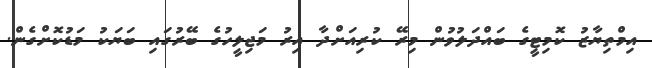
އިމްތިޔާޒު ކޮމިޓީގެ ބައްދަލުުވުން މިރޭ ކުރިއަށްދާ އިރު މަޖިލީހުގެ ބޭރުގައި ބަޔަކު މަޑުކޮށްގެން.